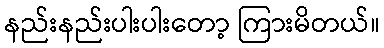
နည်းနည်းပါးပါးတော့ ကြားမိတယ်။